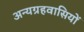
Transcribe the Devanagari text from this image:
अन्यग्रहवासियों